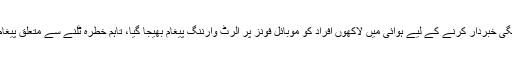
بتایا گیا ہے کہ میزائل حملے سے پیشگی خبردار کرنے کے لیے ہوائی میں لاکھوں افراد کو موبائل فونز پر الرٹ وارننگ پیغام بھیجا گیا، تاہم خطرہ ٹلنے سے متعلق پیغام اگلے 40 منٹ تک ارسال نہ ہو سکا۔